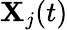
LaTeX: \mathbf{X}_{j}(t)